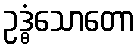
ဥဒ္ဓံသောတော